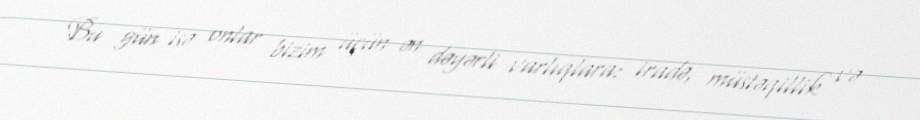
Bu gün isə onlar bizim üçün ən dəyərli varlıqlara: iradə, müstəqillik və